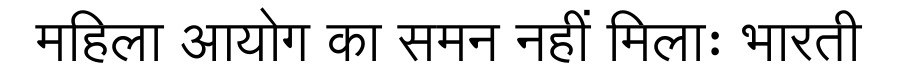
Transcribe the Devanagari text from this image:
महिला आयोग का समन नहीं मिलाः भारती